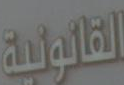
القانونية